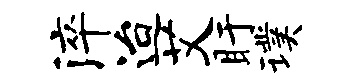
淬迨艾盱璞